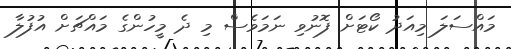
މައްސަލަ މިއަދު ކޯޓަށް ފޮނުވި ނަމަވެސް މި ދެ މީހުންގެ މައްޗަށް އުފުލާ